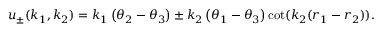
u _ { \pm } ( k _ { 1 } , k _ { 2 } ) = k _ { 1 } \left( \theta _ { 2 } - \theta _ { 3 } \right) \pm k _ { 2 } \left( \theta _ { 1 } - \theta _ { 3 } \right) \cot ( k _ { 2 } ( r _ { 1 } - r _ { 2 } ) ) .